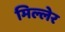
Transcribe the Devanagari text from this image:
मिल्लेर